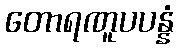
တောရဏူပပန္နံ